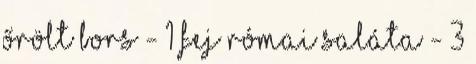
őrölt bors - 1 fej római saláta - 3